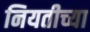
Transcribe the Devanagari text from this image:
नियतीच्या